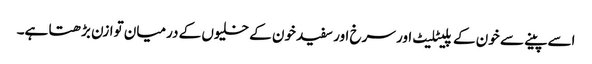
اسے پینے سے خون کے پلیٹلیٹ اور سرخ اور سفید خون کے خلیوں کے درمیان توازن بڑھتا ہے۔